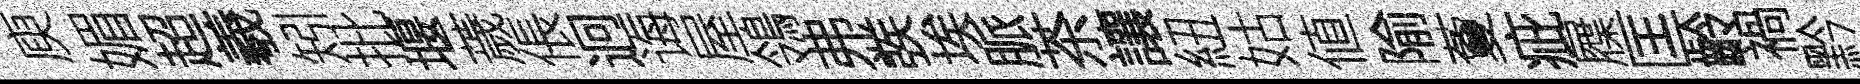
庾媚超羲矧批堰薉倀迥诲屋鴒弗彂埃脈茶讓紐姑値隃藑疵屧匡齡禍黔